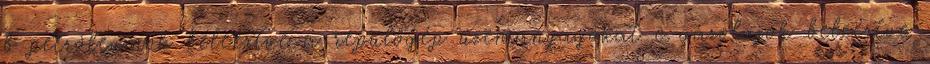
b petróleumok beleértve a repülőgép üzemanyagokat c gázolajok beleértve